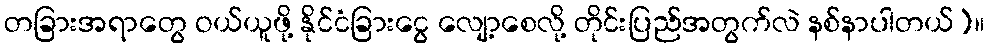
တခြားအရာတွေ ဝယ်ယူဖို့ နိုင်ငံခြားငွေ လျော့စေလို့ တိုင်းပြည်အတွက်လဲ နစ်နာပါတယ်)။